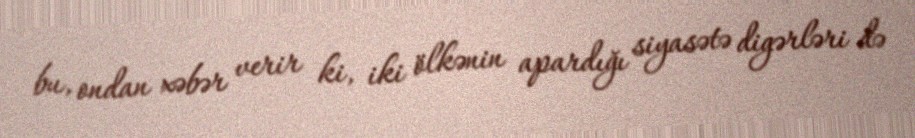
bu, ondan xəbər verir ki, iki ölkənin apardığı siyasətə digərləri də